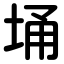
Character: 埇